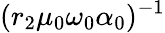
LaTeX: (r_{2}\mu_{0}\omega_{0}\alpha_{0})^{-1}